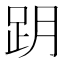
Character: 跀